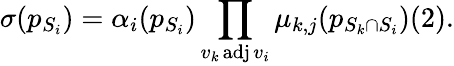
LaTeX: \sigma(p_{S_{i}})=\alpha_{i}(p_{S_{i}})\prod_{v_{k}\operatorname{adj}v_{i}}\mu_{k,j}(p_{S_{k}\cap S_{i}})(2).